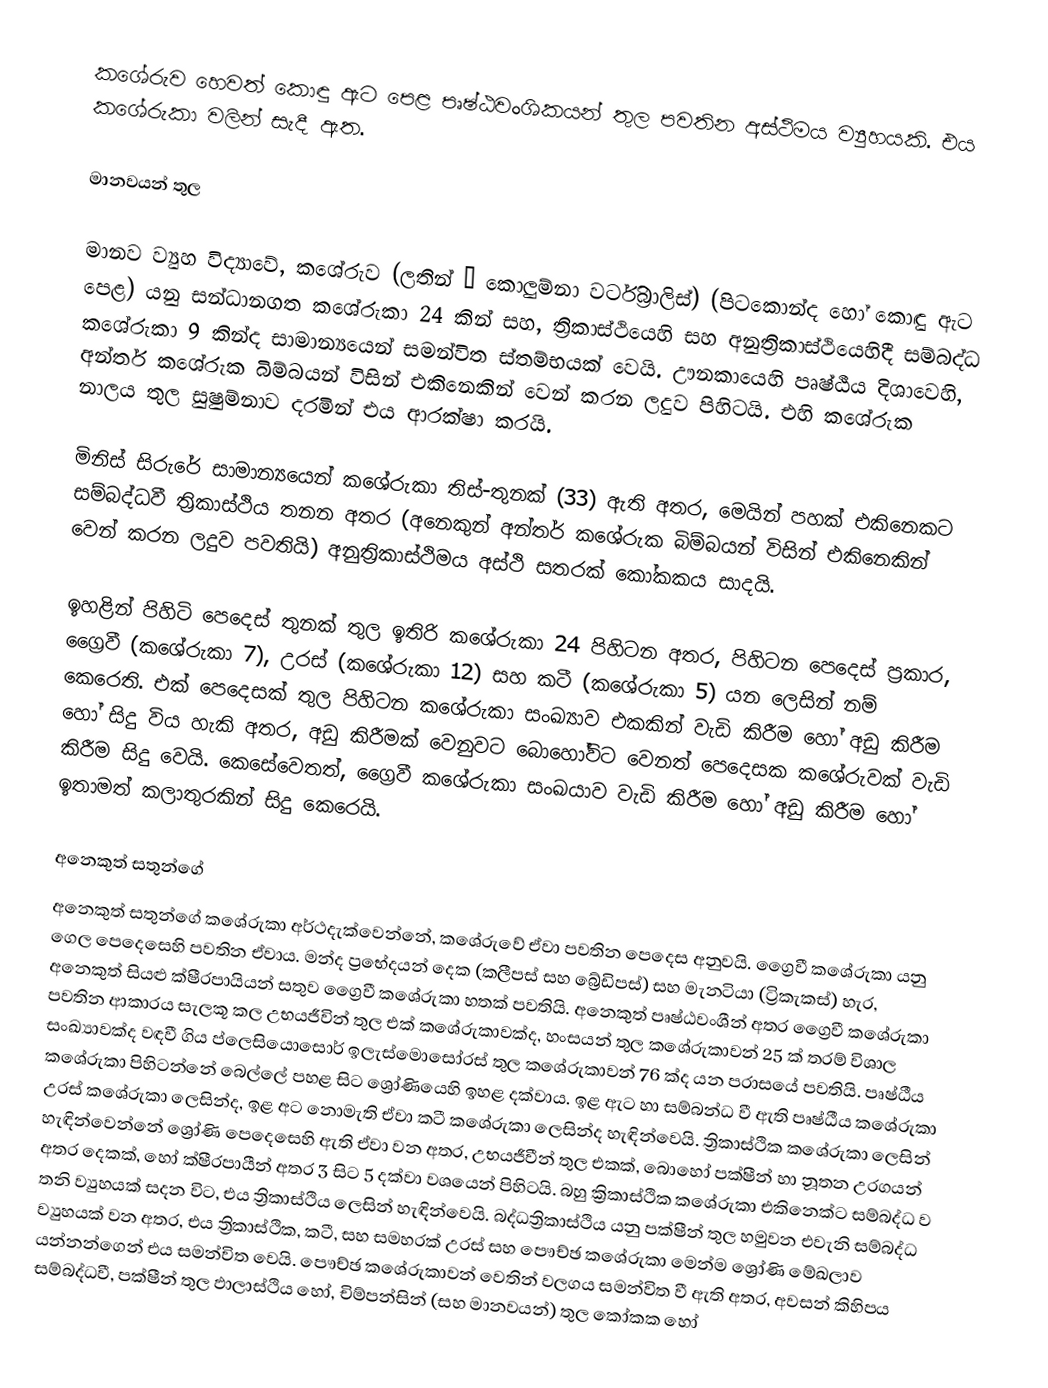
කශේරුව හෙවත් කොඳු ඇට පෙළ   පෘෂ්ඨවංශිකයන් තුල පවතින අස්ථිමය ව්‍යුහයකි. එය කශේරුකා වලින් සැදී ඇත.

මානවයන් තුල

මානව ව්‍යුහ විද්‍යාවේ, කශේරුව (ලතින් − කොලුම්නා වර්ටිබ්‍රාලිස්) (පිටකොන්ද හෝ කොඳු ඇට පෙළ) යනු  සන්ධානගත කශේරුකා 24 කින් සහ, ත්‍රිකාස්ථියෙහි සහ  අනුත්‍රිකාස්ථියෙහිදී සම්බද්ධ කශේරුකා  9 කින්ද  සාමාන්‍යයෙන් සමන්විත ස්තම්භයක් වෙයි. ඌනකායෙහි පෘෂ්ඨීය  දිශාවෙහි,   අන්තර් කශේරුක බිම්බයන් විසින් එකිනෙකින් වෙන් කරන ලදුව පිහිටයි.  එහි කශේරුක නාලය තුල සුෂුම්නාව දරමින් එය ආරක්ෂා කරයි.

මිනිස් සිරුරේ සාමාන්‍යයෙන් කශේරුකා තිස්-තුනක් (33) ඇති අතර, මෙයින් පහක් එකිනෙකට සම්බද්ධවී  ත්‍රිකාස්ථිය තනන අතර (අනෙකුන්   අන්තර් කශේරුක බිම්බයන් විසින් එකිනෙකින් වෙන් කරන ලදුව පවතියි) අනුත්‍රිකාස්ථිමය අස්ථි සතරක් කෝකකය සාදයි.

ඉහළින් පිහිටි පෙදෙස් තුනක් තුල ඉතිරි කශේරුකා 24 පිහිටන අතර, පිහිටන පෙදෙස් ප්‍රකාර, ග්‍රෛවී (කශේරුකා 7), උරස් (කශේරුකා 12) සහ  කටී (කශේරුකා 5) යන ලෙසින් නම් කෙරෙති. එක් පෙදෙසක් තුල පිහිටන කශේරුකා සංඛ්‍යාව එකකින් වැඩි කිරීම හෝ අඩු කිරීම හෝ සිදු විය හැකි අතර, අඩු කිරීමක් වෙනුවට බොහෝවිට වෙනත් පෙදෙසක කශේරුවක් වැඩි කිරීම සිදු වෙයි. කෙසේවෙතත්, ග්‍රෛවී කශේරුකා සංඛයාව වැඩි කිරීම හෝ අඩු කිරීම හෝ ඉතාමත් කලාතුරකින් සිදු කෙරෙයි.

අනෙකුත් සතුන්ගේ
අනෙකුත් සතුන්ගේ කශේරුකා අර්ථදැක්වෙන්නේ, කශේරුවේ ඒවා පවතින පෙදෙස අනුවයි. ග්‍රෛවී කශේරුකා යනු  ගෙල පෙදෙසෙහි පවතින ඒවාය. මන්ද ප්‍රභේදයන් දෙක (කලීපස් සහ බ්‍රේඩිපස්) සහ මැනටියා (ට්‍රිකැකස්) හැර, අනෙකුත් සියළු ක්ෂීරපායියන් සතුව ග්‍රෛවී කශේරුකා හතක් පවතියි.  අනෙකුත් පෘෂ්ඨවංශීන් අතර ග්‍රෛවී කශේරුකා පවතින ආකාරය සැලකූ කල  උභයජීවින් තුල එක් කශේරුකාවක්ද, හංසයන් තුල කශේරුකාවන් 25  ක් තරම් විශාල සංඛ්‍යාවක්ද වඳවී ගිය ප්ලෙසියොසොර් ඉලැස්මොසෝරස් තුල කශේරුකාවන් 76 ක්ද යන පරාසයේ පවතියි. පෘෂ්ඨීය කශේරුකා පිහිටන්නේ බෙල්ලේ පහළ සිට  ශ්‍රෝණියෙහි ඉහළ දක්වාය. ඉළ ඇට හා  සම්බන්ධ වී ඇති  පෘෂ්ඨීය කශේරුකා උරස් කශේරුකා ලෙසින්ද, ඉළ අට නොමැති ඒවා කටී කශේරුකා ලෙසින්ද හැඳින්වෙයි. ත්‍රිකාස්ථික කශේරුකා ලෙසින් හැඳින්වෙන්නේ  ශ්‍රෝණි පෙදෙසෙහි ඇති ඒවා වන අතර, උභයජීවීන් තුල එකක්, බොහෝ පක්ෂීන් හා නූතන උරගයන් අතර දෙකක්, හෝ ක්ෂීරපායීන් අතර 3 සිට 5 දක්වා වශයෙන් පිහිටයි. බහු ක්‍රිකාස්ථික කශේරුකා එකිනෙක්ට සම්බද්ධ ව තනි ව්‍යුහයක් සදන විට, එය ත්‍රිකාස්ථිය ලෙසින් හැඳින්වෙයි. බද්ධත්‍රිකාස්ථිය යනු පක්ෂීන් තුල හමුවන එවැනි සම්බද්ධ ව්‍යුහයක් වන අතර, එය ත්‍රිකාස්ථික, කටී, සහ සමහරක් උරස් සහ පෞච්ඡ කශේරුකා මෙන්ම  ශ්‍රෝණි මේඛලාව යන්නන්ගෙන් එය සමන්විත වෙයි. පෞච්ඡ කශේරුකාවන් වෙතින් වලගය සමන්විත වී ඇති අතර, අවසන් කිහිපය සම්බද්ධවී, පක්ෂීන් තුල ඵාලාස්ථිය හෝ, චිම්පන්සින් (සහ මානවයන්) තුල කෝකක හෝ